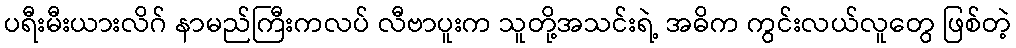
ပရီးမီးယားလိဂ် နာမည်ကြီးကလပ် လီဗာပူးက သူတို့အသင်းရဲ့ အဓိက ကွင်းလယ်လူတွေ ဖြစ်တဲ့